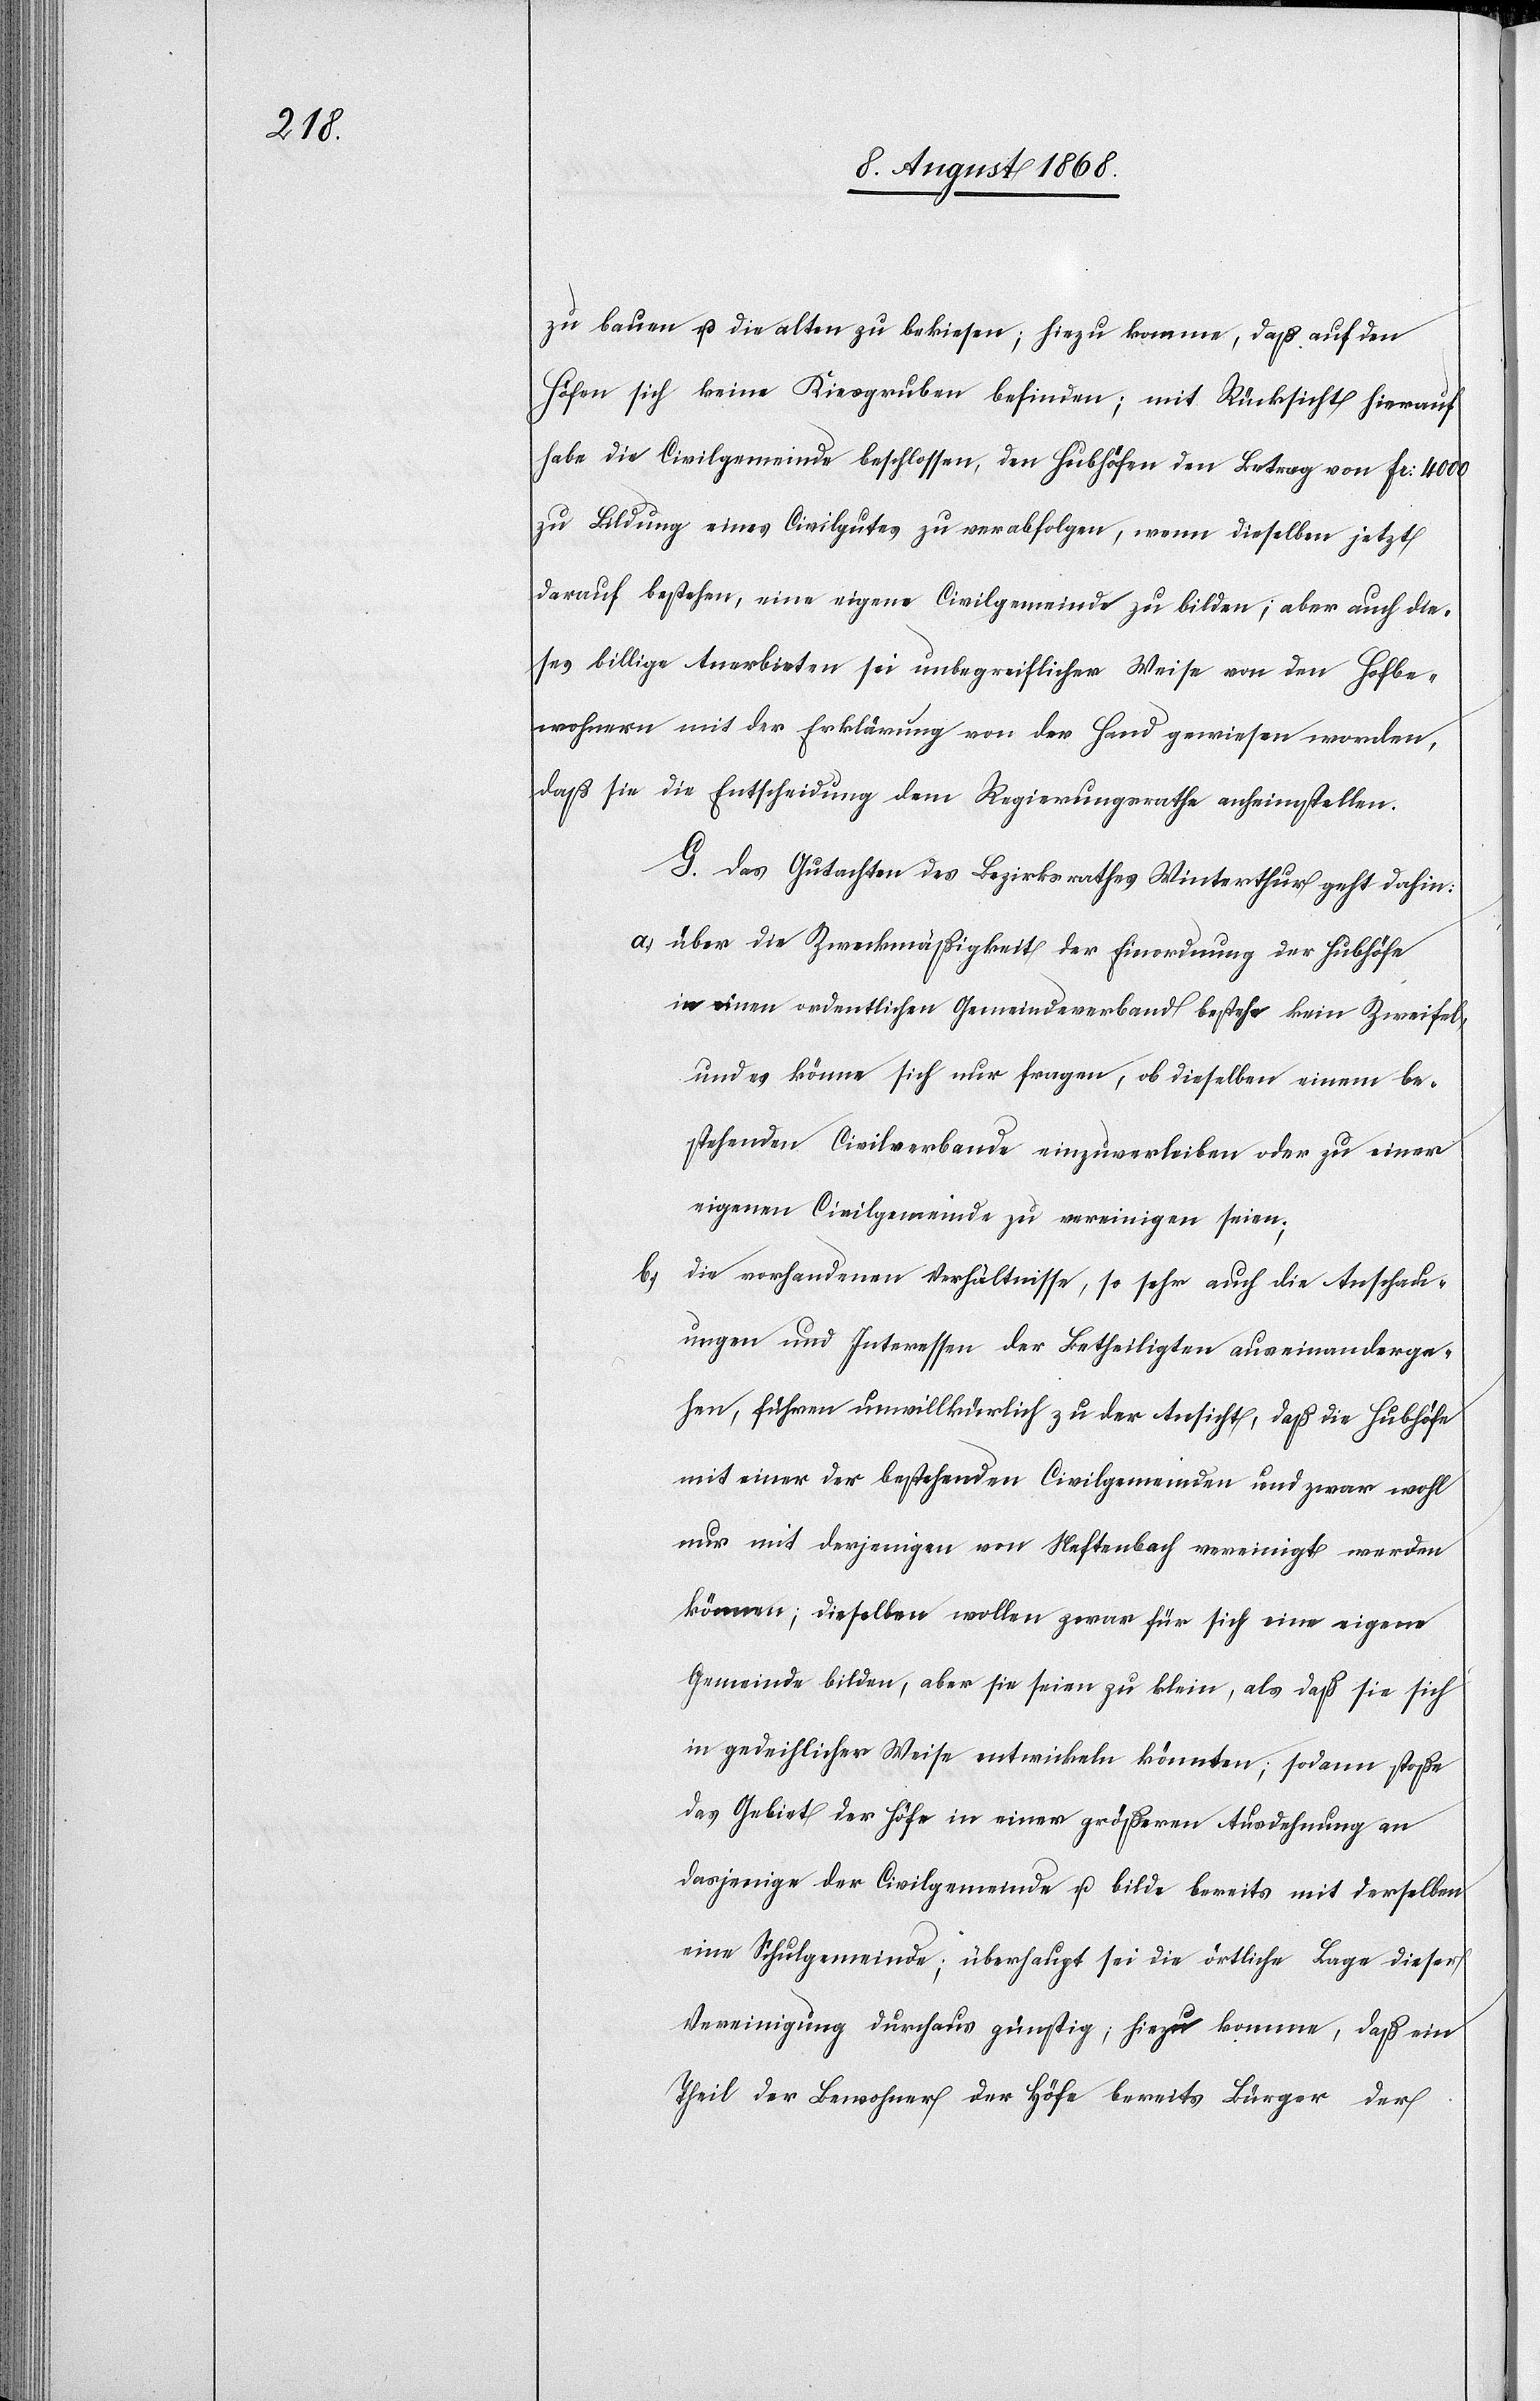
zu bauen u. die alten zu bekiesen; hiezu komme, daß auf den
Höfen sich keine Kiesgruben befinden; mit Rücksicht hierauf
habe die Civilgemeinde beschlossen, den Hubhöfen den Betrag von Fr: 4000
zu Bildung eines Civilgutes zu verabfolgen, wenn dieselben jetzt
darauf bestehen, eine eigene Civilgemeinde zu bilden; aber auch die¬
ses billige Anerbieten sei unbegreiflicher Weise von den Hofbe¬
wohnern mit der Erklärung von der Hand gewiesen worden,
daß sie die Entscheidung dem Regierungsrathe anheimstellen.
G. Das Gutachten des Bezirksrathes Winterthur geht dahin:
über die Zweckmäßigkeit der Einordnung der Hubhöfe
in einen ordentlichen Gemeindeverband bestehe kein Zweifel,
und es könne sich nur fragen, ob dieselben einem be¬
stehenden Civilverbande einzuverleiben oder zu einer
eigenen Civilgemeinde zu vereinigen seien;
die vorhandenen Verhältnisse, so sehr auch die Anschau¬
ungen und Interessen der Betheiligten auseinanderge¬
hen, führen unwillkürlich zu der Ansicht, daß die Hubhöfe
mit einer der bestehenden Civilgemeinden und zwar wohl
nur mit derjenigen von Neftenbach vereinigt werden
können; dieselben wollen zwar für sich eine eigene
Gemeinde bilden, aber sie seien zu klein, als daß sie sich
in gedeihlicher Weise entwickeln könnten; sodann stoße
das Gebiet der Höfe in einer größeren Ausdehnung an
dasjenige der Civilgemeinde u. bilde bereits mit derselben
eine Schulgemeinde; überhaupt sei die örtliche Lage dieser
Vereinigung durchaus günstig; hiezu komme, daß ein
Theil der Bewohner der Höfe bereits Bürger der